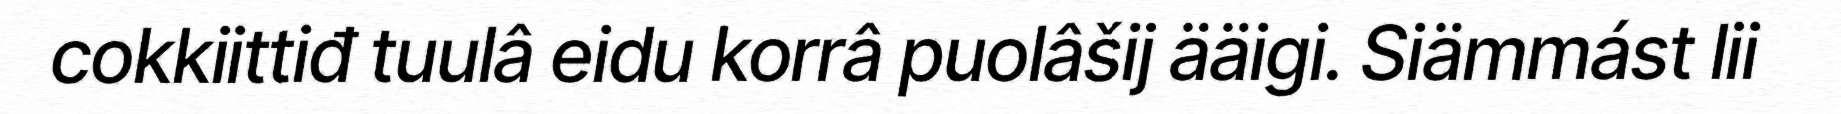
cokkiittiđ tuulâ eidu korrâ puolâšij ääigi. Siämmást lii